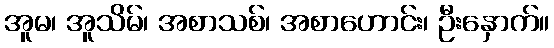
အူမ၊ အူသိမ်၊ အစာသစ်၊ အစာဟောင်း၊ ဦးနှောက်။